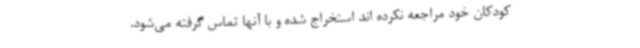
کودکان خود مراجعه نکرده اند استخراج شده و با آنها تماس گرفته می‌شود.